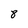
Character: 8